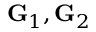
{ \bf G } _ { 1 } , { \bf G } _ { 2 }